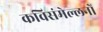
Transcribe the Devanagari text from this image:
कविसंमेल्लनों